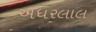
અધરલાલ